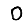
Digit: 0